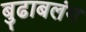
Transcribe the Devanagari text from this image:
बुढाबलंग